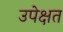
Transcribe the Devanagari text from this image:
उपेक्षत